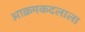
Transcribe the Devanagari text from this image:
आक्रमकदलाला